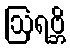
ဩရဗ္ဘိ